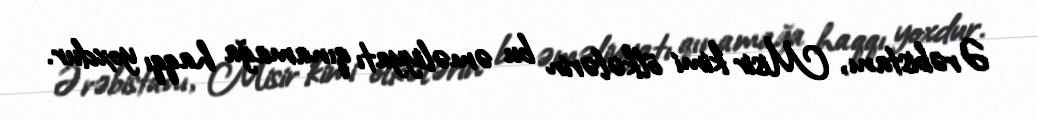
Ərəbistanı, Misir kimi ölkələrin bu əməliyyatı qınamağa haqqı yoxdur.